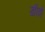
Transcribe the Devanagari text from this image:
खीझे